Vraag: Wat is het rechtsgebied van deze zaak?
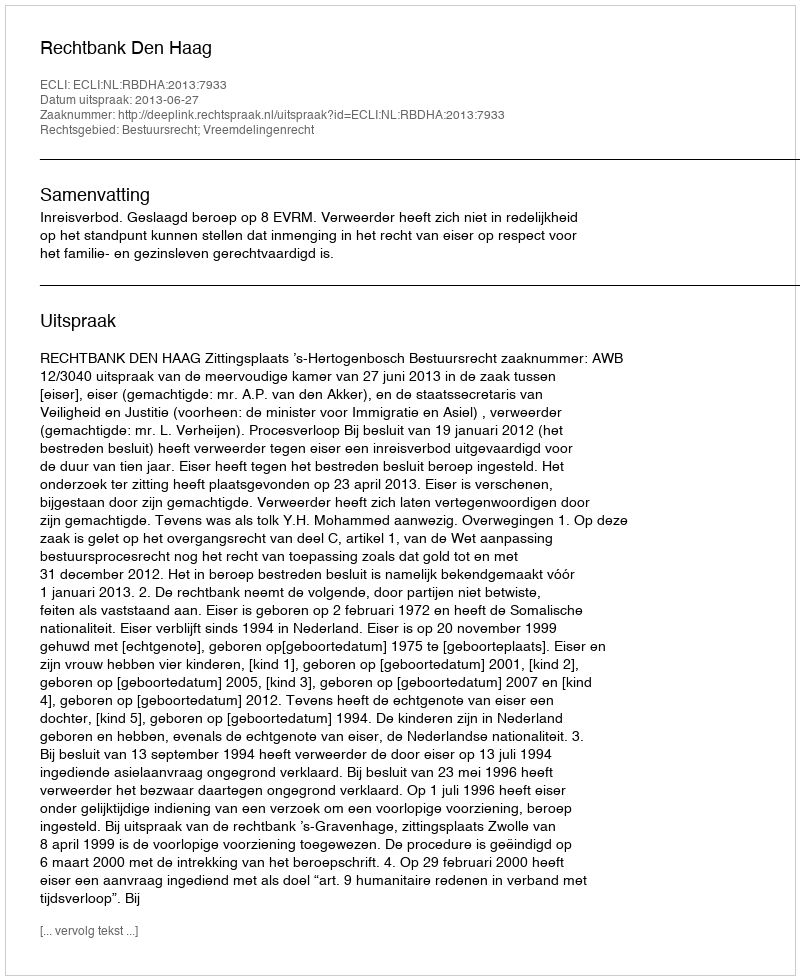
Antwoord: Bestuursrecht; Vreemdelingenrecht